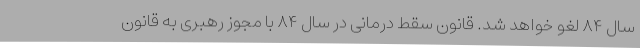
سال ۸۴ لغو خواهد شد. قانون سقط درمانی در سال ۸۴ با مجوز رهبری به قانون